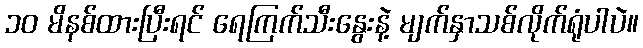
၁၀ မိနစ်ထားပြီးရင် ရေကြက်သီးနွေးနဲ့ မျက်နှာသစ်လိုက်ရုံပါပဲ။